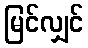
မြင်လျှင်